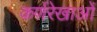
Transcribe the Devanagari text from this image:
कर्णरेखाओं